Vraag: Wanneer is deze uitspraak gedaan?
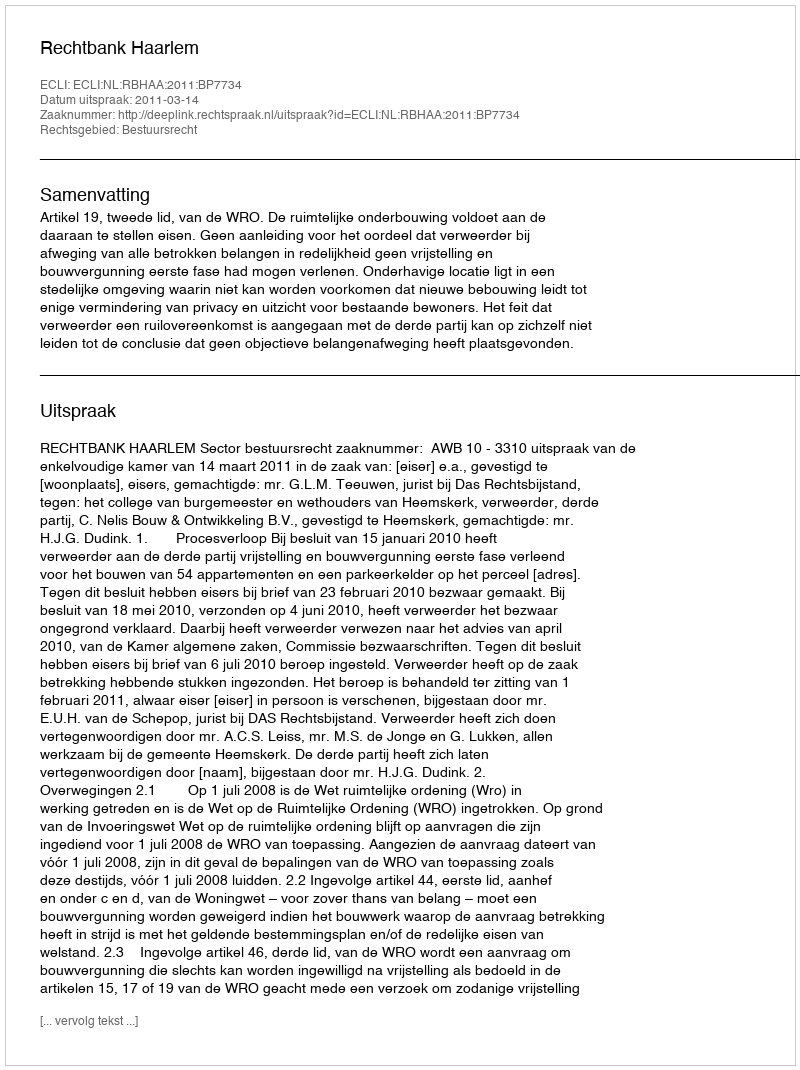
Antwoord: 2011-03-14